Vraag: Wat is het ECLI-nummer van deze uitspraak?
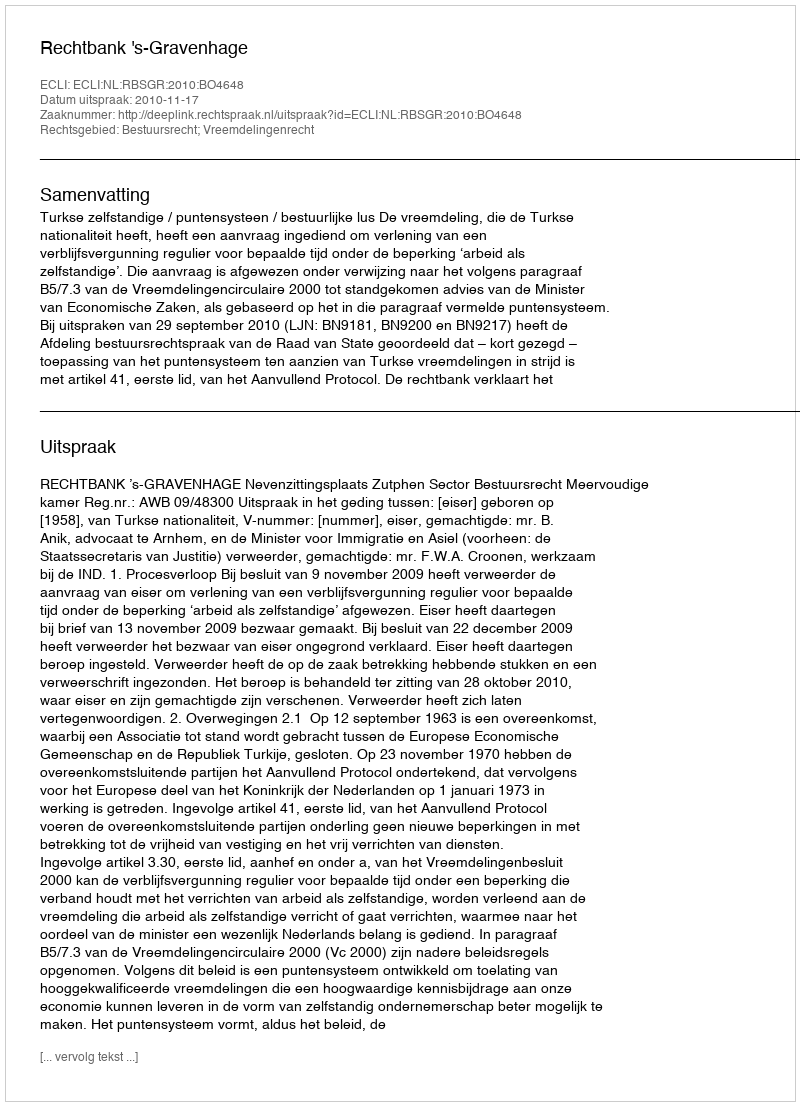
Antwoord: ECLI:NL:RBSGR:2010:BO4648